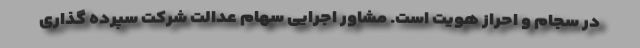
در سجام و احراز هویت است. مشاور اجرایی سهام عدالت شرکت سپرده گذاری